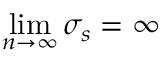
\operatorname* { l i m } _ { n \to \infty } \sigma _ { s } = \infty